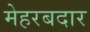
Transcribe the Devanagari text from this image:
मेहरबदार